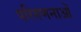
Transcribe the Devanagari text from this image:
परिगणनाओं